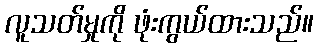
လူသတ်မှုကို ဖုံးကွယ်ထားသည်။